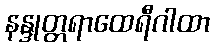
နန္ဒုတ္တရာထေရီဂါထာ